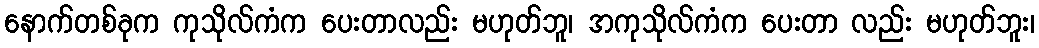
နောက်တစ်ခုက ကုသိုလ်ကံက ပေးတာလည်း မဟုတ်ဘူ၊ အကုသိုလ်ကံက ပေးတာ လည်း မဟုတ်ဘူး၊